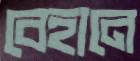
বেহানে